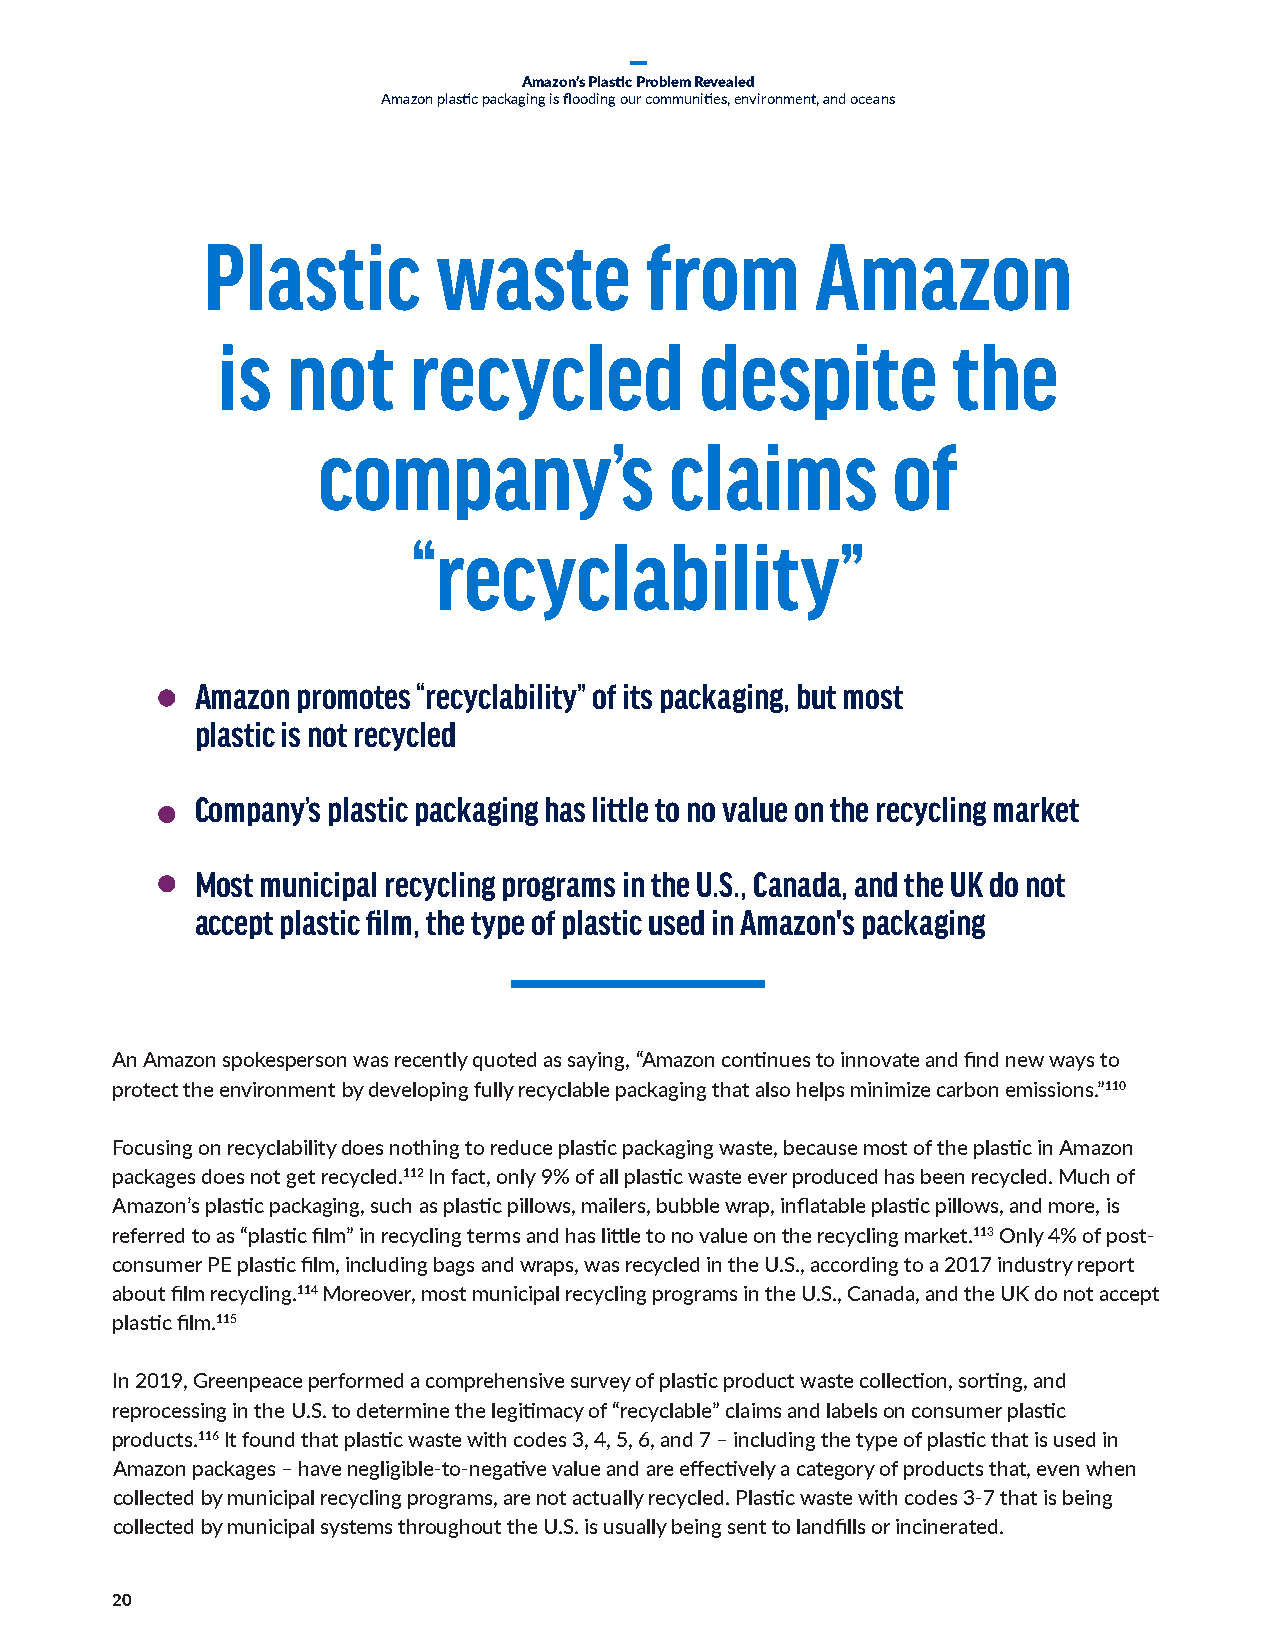
Amazon’s Plastic Problem Revealed
 Amazon plastic packaging is flooding our communities, environment, and oceans
 Plastic         waste         from       Amazon
 is   not     recycled           despite          the
 company’s              claims         of
 “recyclability”
 Amazon promotes “recyclability” of its packaging, but most
 plastic is not recycled
 Company’s plastic packaging has little to no value on the recycling market
 Most municipal recycling programs in the U.S., Canada, and the UK do not
 accept plastic film, the type of plastic used in Amazon's packaging
 An Amazon spokesperson was recently quoted as saying, “Amazon continues to innovate and find new ways to
 protect the environment by developing fully recyclable packaging that also helps minimize carbon emissions.”110
 Focusing on recyclability does nothing to reduce plastic packaging waste, because most of the plastic in Amazon
 packages does not get recycled.112 In fact, only 9% of all plastic waste ever produced has been recycled. Much of
 Amazon’s plastic packaging, such as plastic pillows, mailers, bubble wrap, inflatable plastic pillows, and more, is
 referred to as “plastic film” in recycling terms and has little to no value on the recycling market.113 Only 4% of post-
 consumer PE plastic film, including bags and wraps, was recycled in the U.S., according to a 2017 industry report
 about film recycling.114 Moreover, most municipal recycling programs in the U.S., Canada, and the UK do not accept
 plastic film.115
 In 2019, Greenpeace performed a comprehensive survey of plastic product waste collection, sorting, and
 reprocessing in the U.S. to determine the legitimacy of “recyclable” claims and labels on consumer plastic
 products.116 It found that plastic waste with codes 3, 4, 5, 6, and 7 – including the type of plastic that is used in
 Amazon packages – have negligible-to-negative value and are effectively a category of products that, even when
 collected by municipal recycling programs, are not actually recycled. Plastic waste with codes 3-7 that is being
 collected by municipal systems throughout the U.S. is usually being sent to landfills or incinerated.
 20